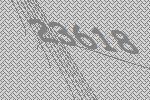
23618